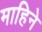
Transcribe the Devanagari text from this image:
माहिने